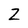
Character: Z